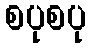
စပုစပု